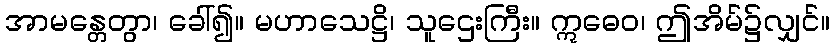
အာမန္တေတွာ၊ ခေါ်၍။ မဟာသေဋ္ဌိ၊ သူဌေးကြီး။ ဣဓေဝ၊ ဤအိမ်၌လျှင်။